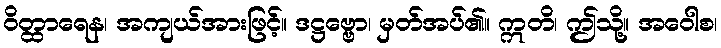
ဝိတ္ထာရေန၊ အကျယ်အားဖြင့်။ ဒဋ္ဌဗ္ဗော၊ မှတ်အပ်၏။ ဣတိ၊ ဤသို့။ အဝေါစ၊